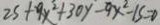
2 5 + 9 y ^ { 2 } + 3 0 y - 9 y ^ { 2 } - 1 5 = 0